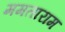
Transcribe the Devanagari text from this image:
ममताराम